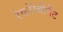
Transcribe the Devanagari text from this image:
रेकॉम्बीनैंट